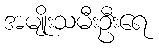
အမျိုးသမီးဦးရေ